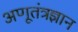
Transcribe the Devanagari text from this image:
अणूतंत्रज्ञान